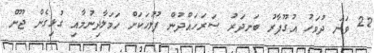
22 ވަނަ ދުވަހު އުގޫފާރު ބަނދަރު ސަރަހައްދުން ފުލުހަކަށް ހަމަލާދިނުމާއި ގުޅިގެން ޖޫން